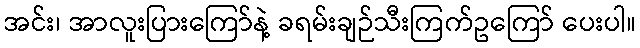
အင်း၊ အာလူးပြားကြော်နဲ့ ခရမ်းချဉ်သီးကြက်ဥကြော် ပေးပါ။